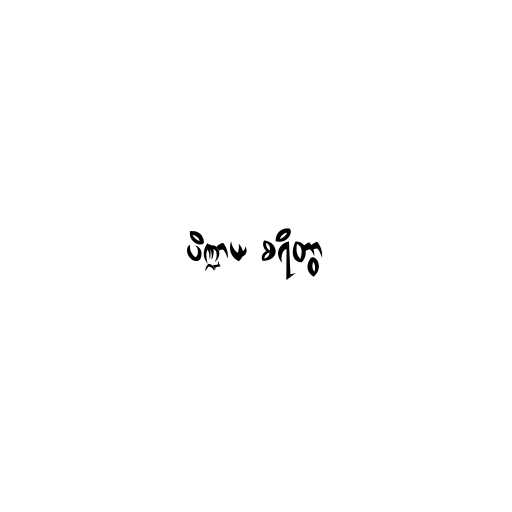
ပိဏ္ဍာယ စရိတွာ